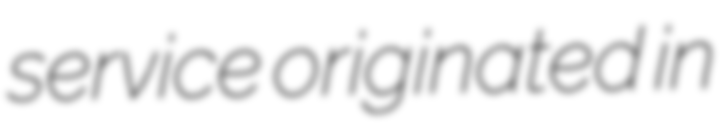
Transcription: service originated in